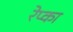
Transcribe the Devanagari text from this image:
रेप्का